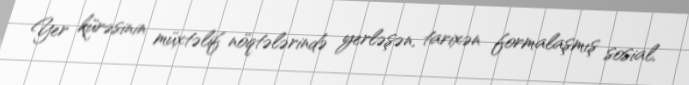
Yer kürəsinin müxtəlif nöqtələrində yerləşən, tarixən formalaşmış sosial,